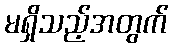
မရှိသည့်အတွက်